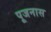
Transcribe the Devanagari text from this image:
पूजनास